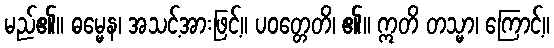
မည်၏။ ဓမ္မေန၊ အသင့်အားဖြင့်။ ပဝတ္တေတိ၊ ၏။ ဣတိ တသ္မာ၊ ကြောင့်။